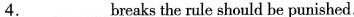
4. ___ breaks the rule should be punished.